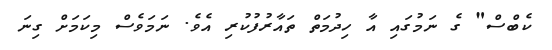
ކެބްސް" ގެ ނަމުގައި އާ ހިދުމަތް ތައާރުފުކުރި އެވެ. ނަމަވެސް މިކަމަށް ގިނަ